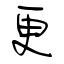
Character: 更